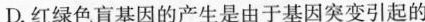
D.红绿色盲基因的产生是由于基因突变引起的